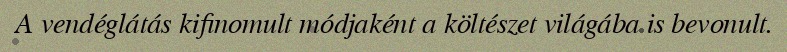
A vendéglátás kifinomult módjaként a költészet világába is bevonult.